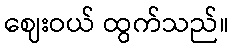
ဈေးဝယ် ထွက်သည်။